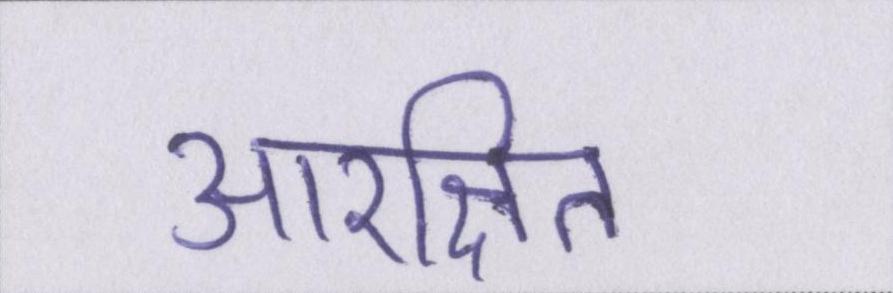
आरक्षित